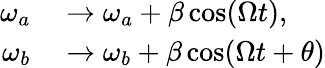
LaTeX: \begin{array}{rl}{\omega_{a}}&{{}\rightarrow\omega_{a}+\beta\cos(\Omega t),}\\ {\omega_{b}}&{{}\rightarrow\omega_{b}+\beta\cos(\Omega t+\theta)}\end{array}